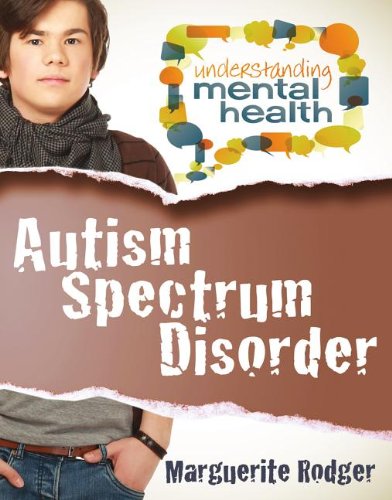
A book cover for Autism Spectrum Disorder (Understanding Mental Health); Marguerite Rodger; Teen & Young Adult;